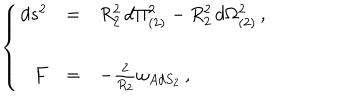
LaTeX: \left\{ \begin{array} { r c l } { { d s ^ { 2 } } } & { { = } } & { { R _ { 2 } ^ { 2 } \, d \Pi _ { ( 2 ) } ^ { 2 } - R _ { 2 } ^ { 2 } \, d \Omega _ { ( 2 ) } ^ { 2 } \, , } } \\ { { } } & { { } } & { { } } \\ { { F } } & { { = } } & { { - \frac { 2 } { R _ { 2 } } \omega _ { A d S _ { 2 } } \, , } } \\ \end{array} \right.